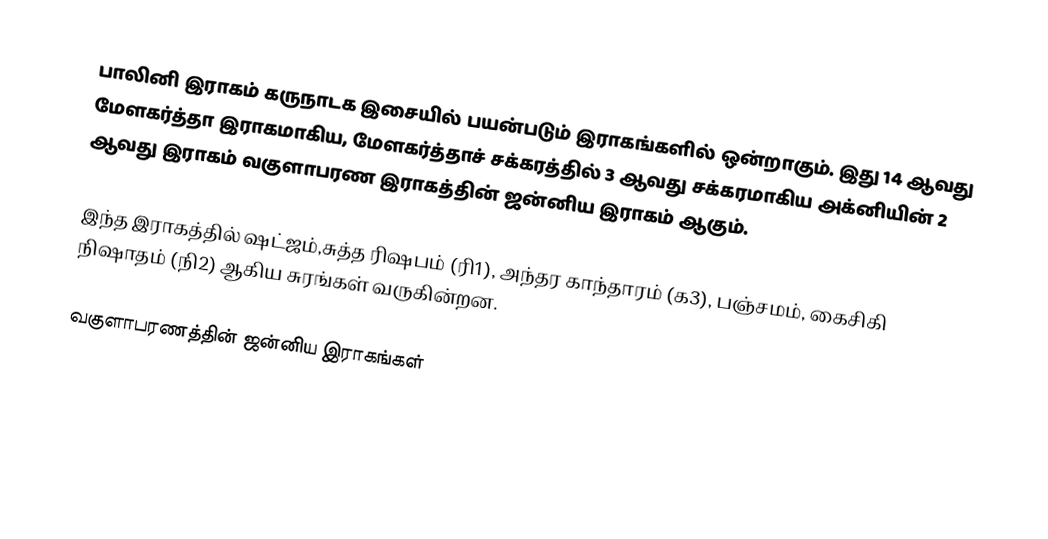
பாலினி இராகம் கருநாடக இசையில் பயன்படும் இராகங்களில் ஒன்றாகும். இது 14 ஆவது மேளகர்த்தா இராகமாகிய, மேளகர்த்தாச் சக்கரத்தில் 3 ஆவது சக்கரமாகிய அக்னியின் 2 ஆவது இராகம் வகுளாபரண இராகத்தின் ஜன்னிய இராகம் ஆகும்.

இந்த இராகத்தில் ஷட்ஜம்,சுத்த ரிஷபம் (ரி1), அந்தர காந்தாரம் (க3), பஞ்சமம், கைசிகி நிஷாதம்  (நி2) ஆகிய சுரங்கள் வருகின்றன.

வகுளாபரணத்தின் ஜன்னிய இராகங்கள்